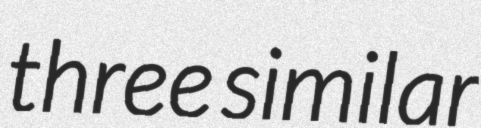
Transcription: three similar